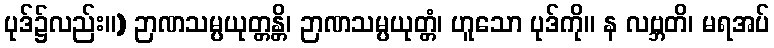
ပုဒ်၌လည်း။) ဉာဏသမ္ပယုတ္တန္တိ၊ ဉာဏသမ္ပယုတ္တံ၊ ဟူသော ပုဒ်ကို။ န လဗ္ဘတိ၊ မရအပ်